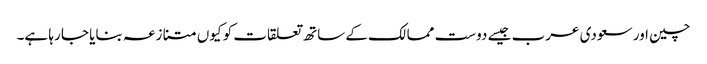
چین اور سعودی عرب جیسے دوست ممالک کے ساتھ تعلقات کو کیوں متنازعہ بنایا جا رہا ہے۔